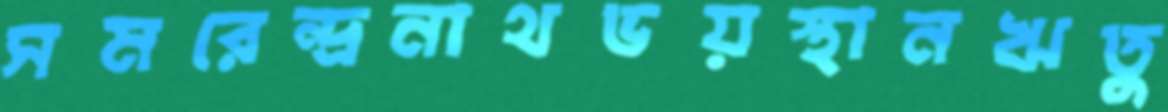
সমরেন্দ্রনাথভয়স্থানঋতু